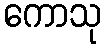
ကောသု